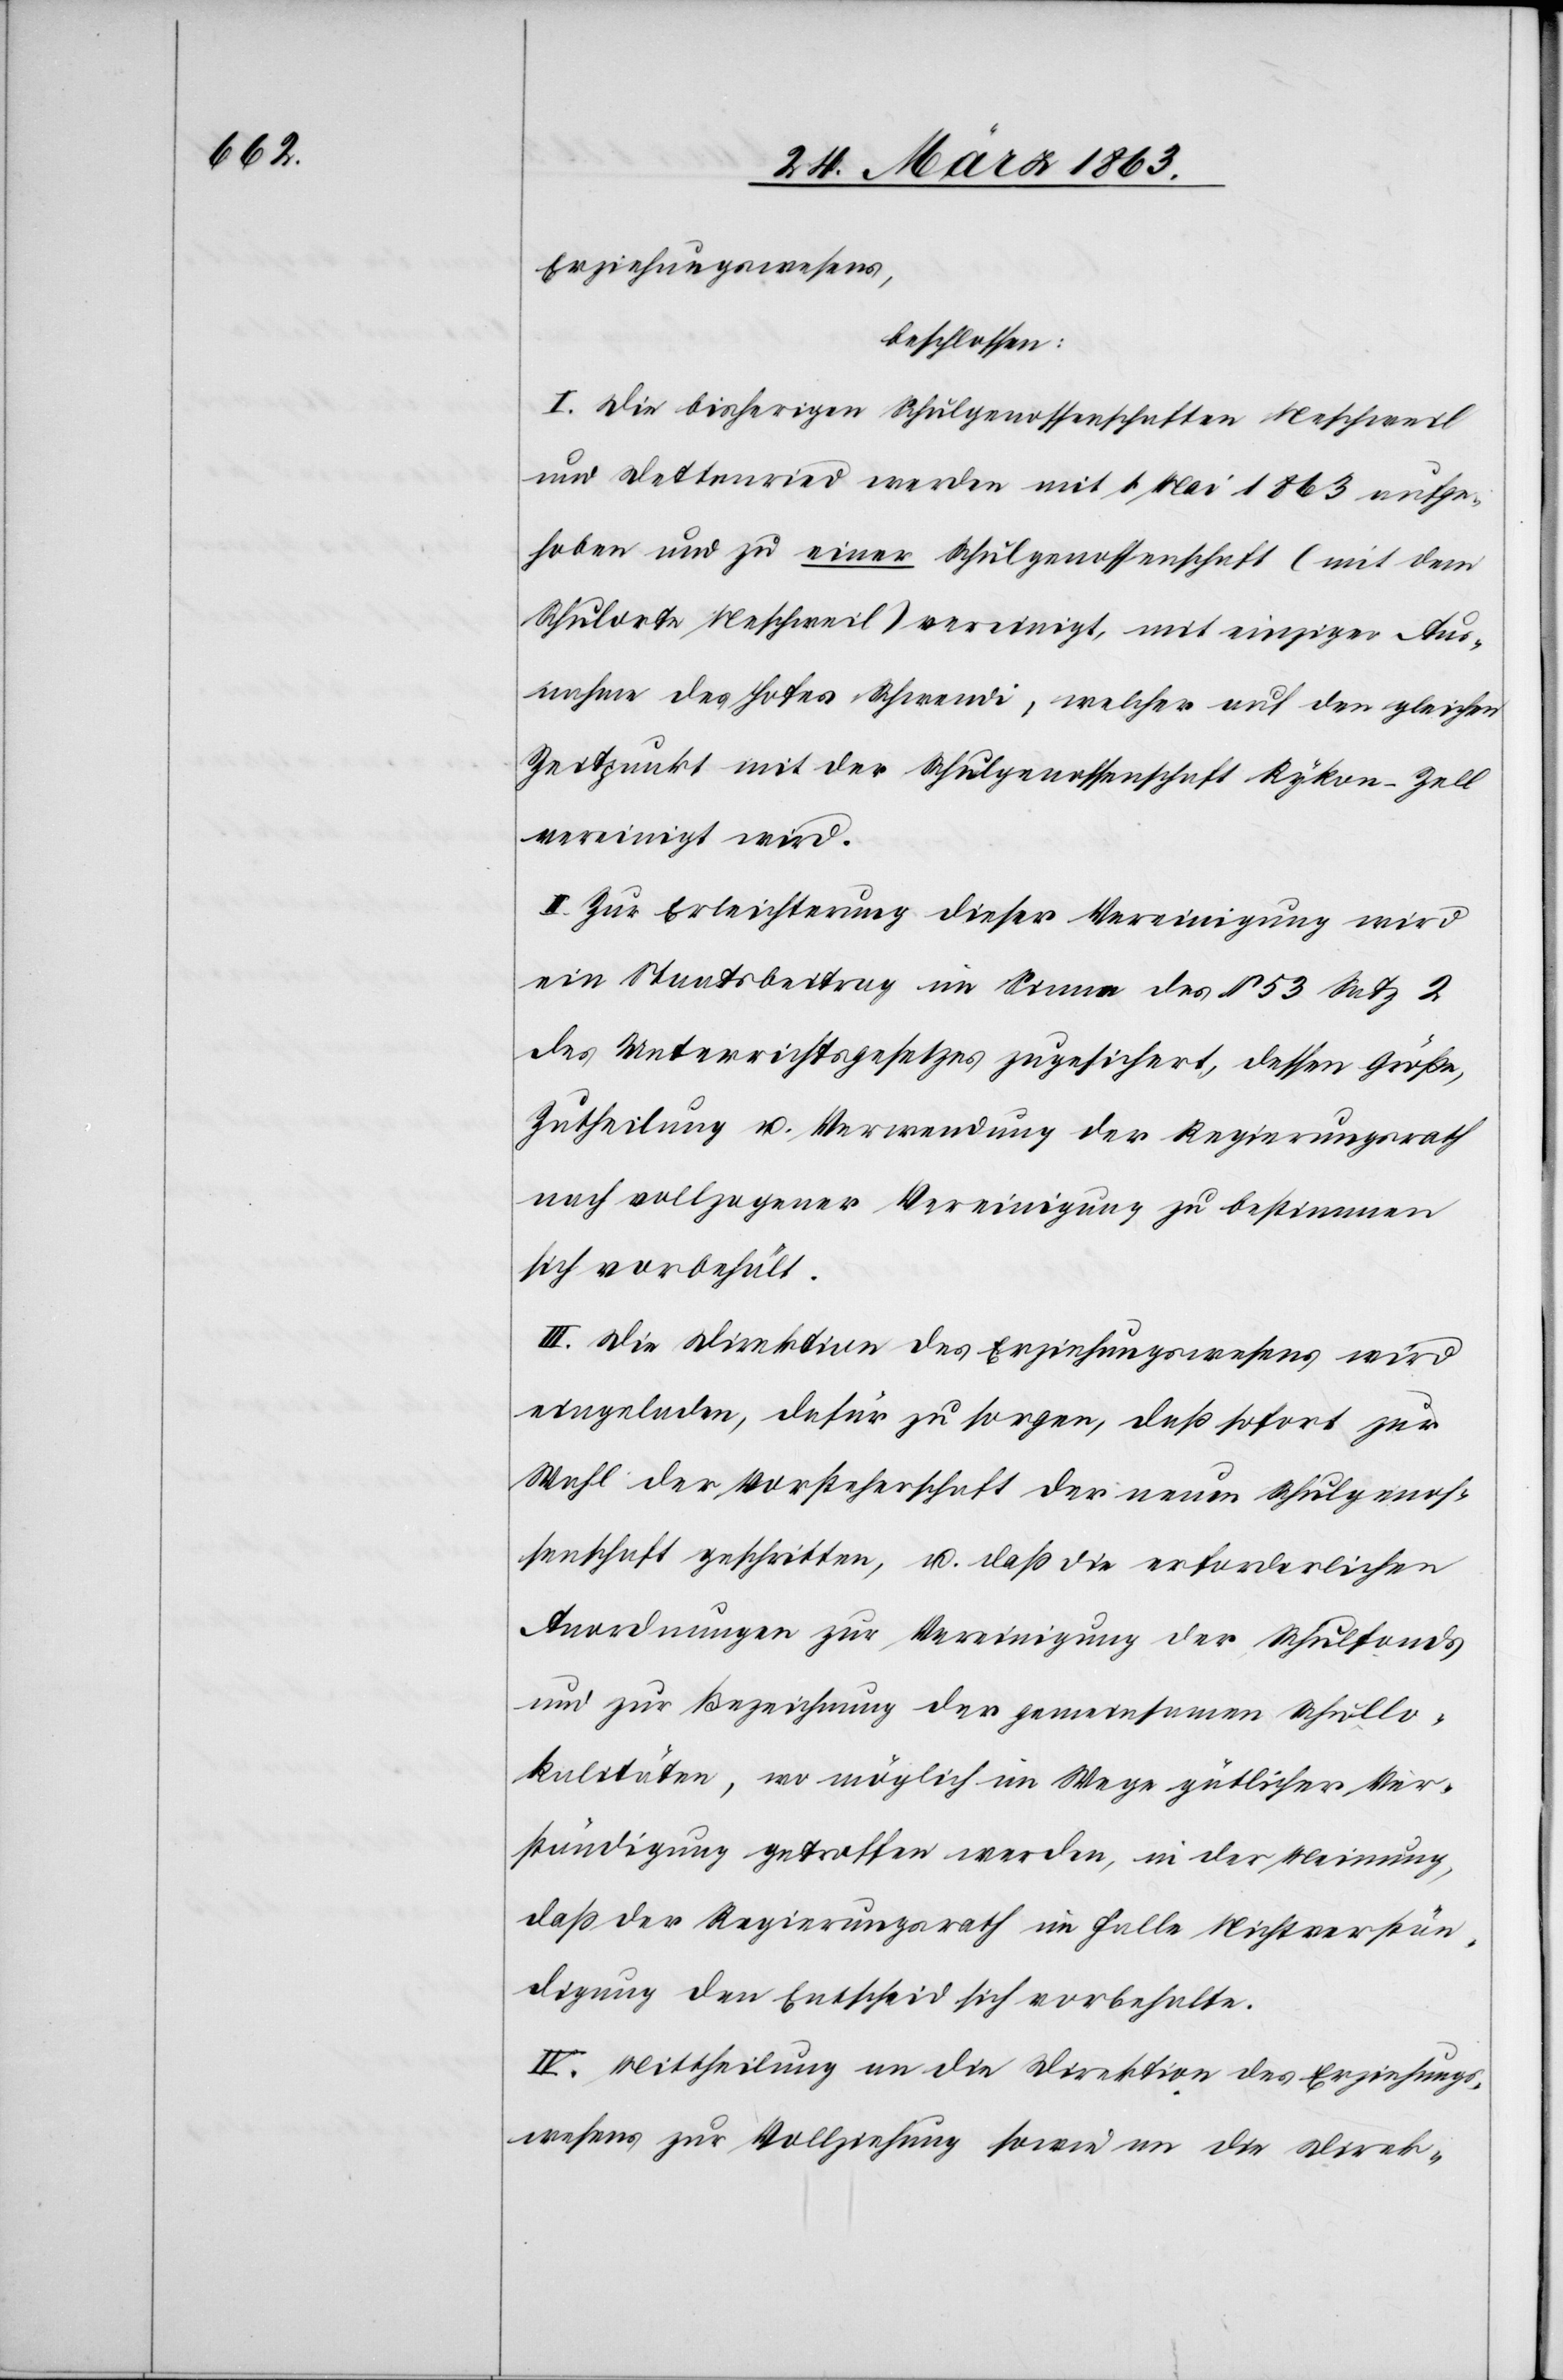
Erziehungswesens,
beschlossen:
I. Die bisherigen Schulgenossenschaften Neschweil
und Dettenried werden mit 1. Mai 1863 aufge¬
hoben und zu einer Schulgenossenschaft (mit dem
Schulorte Neschweil) vereinigt, mit einziger Aus¬
nahme des Hofes Schwendi, welcher auf den gleichen
Zeitpunkt mit der Schulgenossenschaft Rykon-Zell
vereinigt wird.
II. Zur Erleichterung dieser Vereinigung wird
ein Staatsbeitrag im Sinne des § 53 Satz 2
des Unterrichtsgesetzes zugesichert, dessen Größe,
Zutheilung u. Verwendung der Regierungsrath
nach vollzogener Vereinigung zu bestimmen
sich vorbehält.
III. Die Direktion des Erziehungswesens wird
eingeladen, dafür zu sorgen, daß sofort zur
Wahl der Vorsteherschaft der neuen Schulgenos¬
senschaft geschritten, u. daß die erforderlichen
Anordnungen zur Vereinigung der Schulfonds
und zur Bezeichnung der gemeinsamen Schullo¬
kalitäten, wo möglich im Wege gütlicher Ver¬
ständigung getroffen werden, in der Meinung,
daß der Regierungsrath im Falle Nichtverstän¬
digung den Entscheid sich vorbehalte.
IV. Mittheilung an die Direktion des Erziehungs¬
wesens zur Vollziehung sowie an die Direk-